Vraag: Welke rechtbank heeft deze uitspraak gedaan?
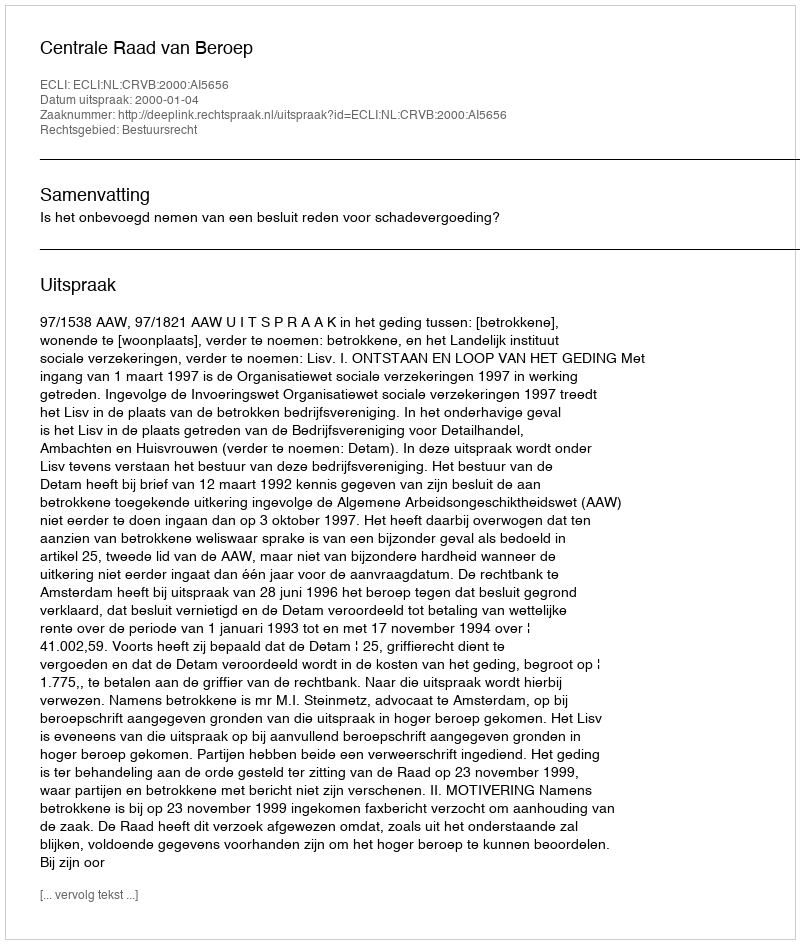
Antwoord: Centrale Raad van Beroep